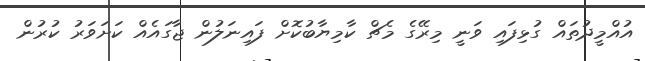
އުއްމީދުތައް ގުޅިފައި ވަނީ މިރޭގެ މެޗް ކާމިޔާބުކޮށް ފައިނަލުން ޖާގައެއް ކަށަވަރު ކުރުން